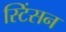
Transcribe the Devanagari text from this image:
स्टिंसन